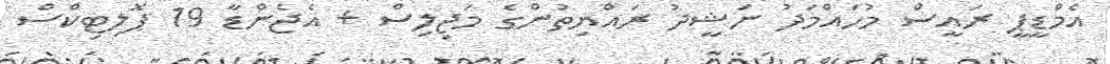
އެމްޑީޕީ ރައީސް މުހައްމަދު ނަޝީދު ރައްޔިތުންގެ މަޖިލިސް + އެޖެންޑާ 19 ޕޮލިޓިކްސް